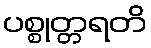
ပစ္စုတ္တရတိ